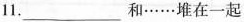
11.___和……堆在一起